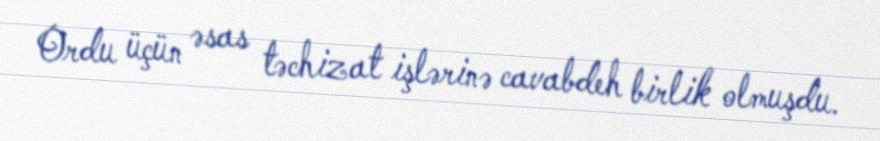
Ordu üçün əsas təchizat işlərinə cavabdeh birlik olmuşdu.